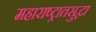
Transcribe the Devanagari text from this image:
महाराष्ट्रातसुद्धा